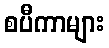
စပီကာများ